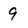
Character: 9